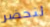
لنحضر